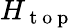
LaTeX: H_{\mathrm{~t~o~p~}}